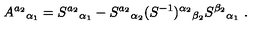
A ^ { a _ { 2 } } { } _ { \alpha _ { 1 } } = S ^ { a _ { 2 } } { } _ { \alpha _ { 1 } } - S ^ { a _ { 2 } } { } _ { \alpha _ { 2 } } ( S ^ { - 1 } ) ^ { \alpha _ { 2 } } { } _ { \beta _ { 2 } } S ^ { \beta _ { 2 } } { } _ { \alpha _ { 1 } } \ .